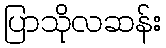
ပြာသိုလဆန်း